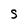
Character: S